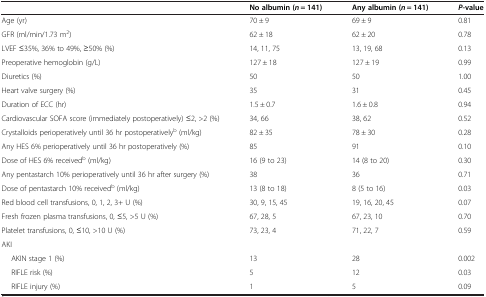
<table><thead><tr><td></td><td><b>No albumin (<i>n</i> = 141)</b></td><td><b>Any albumin (<i>n</i> = 141)</b></td><td><b><i>P</i>-value</b></td></tr></thead><tbody><tr><td>Age (yr)</td><td>70 ± 9</td><td>69 ± 9</td><td>0.81</td></tr><tr><td>GFR (ml/min/1.73 m<sup>2</sup>)</td><td>62 ± 18</td><td>62 ± 20</td><td>0.78</td></tr><tr><td>LVEF ≤35%, 36% to 49%, ≥50% (%)</td><td>14, 11, 75</td><td>13, 19, 68</td><td>0.13</td></tr><tr><td>Preoperative hemoglobin (g/L)</td><td>127 ± 18</td><td>127 ± 19</td><td>0.99</td></tr><tr><td>Diuretics (%)</td><td>50</td><td>50</td><td>1.00</td></tr><tr><td>Heart valve surgery (%)</td><td>35</td><td>31</td><td>0.45</td></tr><tr><td>Duration of ECC (hr)</td><td>1.5 ± 0.7</td><td>1.6 ± 0.8</td><td>0.94</td></tr><tr><td>Cardiovascular SOFA score (immediately postoperatively) ≤2, &gt;2 (%)</td><td>34, 66</td><td>38, 62</td><td>0.52</td></tr><tr><td>Crystalloids perioperatively until 36 hr postoperatively<sup>b</sup> (ml/kg)</td><td>82 ± 35</td><td>78 ± 30</td><td>0.28</td></tr><tr><td>Any HES 6% perioperatively until 36 hr postoperatively (%)</td><td>85</td><td>91</td><td>0.10</td></tr><tr><td>Dose of HES 6% received<sup>b</sup> (ml/kg)</td><td>16 (9 to 23)</td><td>14 (8 to 20)</td><td>0.30</td></tr><tr><td>Any pentastarch 10% perioperatively until 36 hr after surgery (%)</td><td>38</td><td>36</td><td>0.71</td></tr><tr><td>Dose of pentastarch 10% received<sup>b</sup> (ml/kg)</td><td>13 (8 to 18)</td><td>8 (5 to 16)</td><td>0.03</td></tr><tr><td>Red blood cell transfusions, 0, 1, 2, 3+ U (%)</td><td>30, 9, 15, 45</td><td>19, 16, 20, 45</td><td>0.07</td></tr><tr><td>Fresh frozen plasma transfusions, 0, ≤5, &gt;5 U (%)</td><td>67, 28, 5</td><td>67, 23, 10</td><td>0.70</td></tr><tr><td>Platelet transfusions, 0, ≤10, &gt;10 U (%)</td><td>73, 23, 4</td><td>71, 22, 7</td><td>0.59</td></tr><tr><td>AKI</td><td></td><td></td><td></td></tr><tr><td>AKIN stage 1 (%)</td><td>13</td><td>28</td><td>0.002</td></tr><tr><td>RIFLE risk (%)</td><td>5</td><td>12</td><td>0.03</td></tr><tr><td>RIFLE injury (%)</td><td>1</td><td>5</td><td>0.09</td></tr></tbody></table>